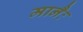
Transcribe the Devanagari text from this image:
मानैः